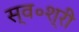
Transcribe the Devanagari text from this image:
स्व॰श्री